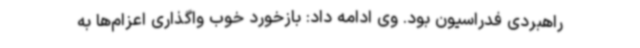
راهبردی فدراسیون بود. وی ادامه داد: بازخورد خوب واگذاری اعزام‌ها به